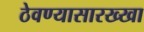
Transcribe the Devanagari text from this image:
ठेवण्यासारख्खा